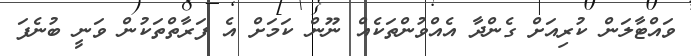
ވައްޓާލަން ކުރިއަށް ގެންދާ އެއްވުންތަކެއް ނޫން ކަމަށް އެ ފަރާތްތަކުން ވަނީ ބުނެފަ